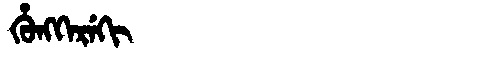
Manchu: ᡥᡠᠩᡴᡝᡵᡝᡴᡳ
Romanization: HUNGKEREKI